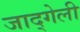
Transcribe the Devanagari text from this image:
जाद्गेली